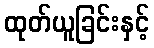
ထုတ်ယူခြင်းနှင့်